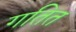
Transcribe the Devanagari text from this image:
गतित